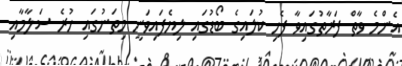
އެންމެ ވާތް ފަރާތުގައިވާ ފެހި ކުލައިގެ ބޯޑުގައި ލިޔެފައިވަނީ މިތަނުގައި ހުރެ ސަލާމާއި